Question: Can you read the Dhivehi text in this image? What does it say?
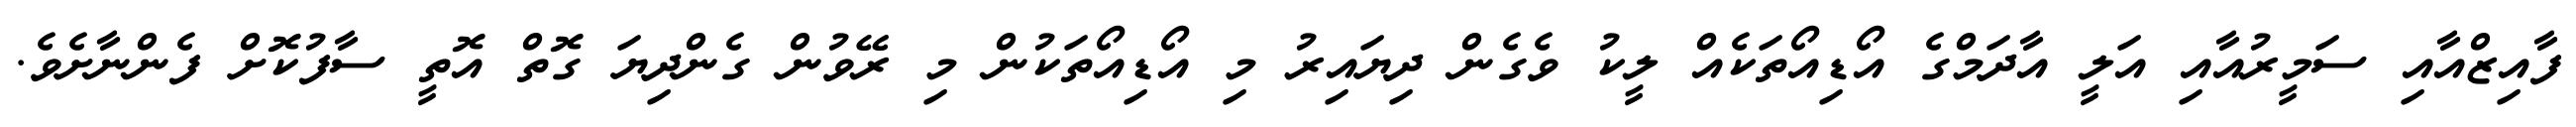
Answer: ފާއިޒްއާއި ސަމީރުއާއި އަލީ އާދަމްގެ އޯޑިއޯތަކެއް ލީކު ވެގެން ދިޔައިރު މި އޯޑިއޯތަކުން މި ރޭވުން ގެންދިޔަ ގޮތް އޮތީ ސާފުކޮށް ފެންނާށެވެ.